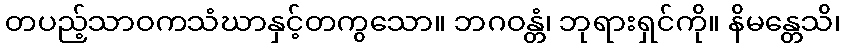
တပည့်သာဝကသံဃာနှင့်တကွသော။ ဘဂဝန္တံ၊ ဘုရားရှင်ကို။ နိမန္တေသိ၊